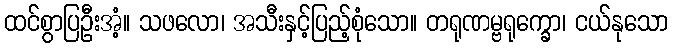
ထင်စွာပြဦးအံ့။ သဖလော၊ အသီးနှင့်ပြည့်စုံသော။ တရုဏမ္ဗရုက္ခော၊ ငယ်နုသော